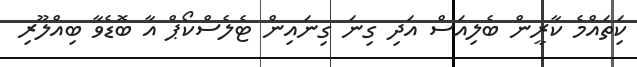
ކިަތައްމެ ކާރީން ބެލިއަސް އަދި ގިނަ ގިނައިން ޓެލެސްކޯޕް އާ ބޮޑެވާ ބިއްލޫރި